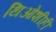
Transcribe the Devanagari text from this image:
थिओशीही